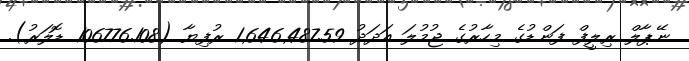
ނޭޕާލް ރިލީފް ފަންޑުގެ މިހާރުގެ ޖުމުލަ އަދަދު 1